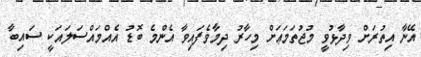
އޭނާ އިތުރަށް ވިދާޅުވީ މުޖުތަމަޢަށް މިހާރު ދިމާވެފައިވާ އެންމެ ބޮޑު އެއްމައްސަލައަކީ ސައިބާ